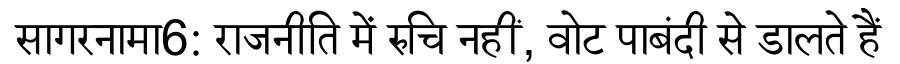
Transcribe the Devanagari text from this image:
सागरनामा6: राजनीति में रुचि नहीं, वोट पाबंदी से डालते हैं